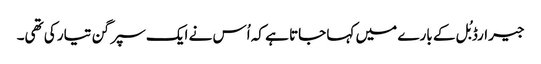
جیرارڈ بُل کے بارے میں کہا جاتا ہے کہ اُس نے ایک سپر گن تیار کی تھی۔